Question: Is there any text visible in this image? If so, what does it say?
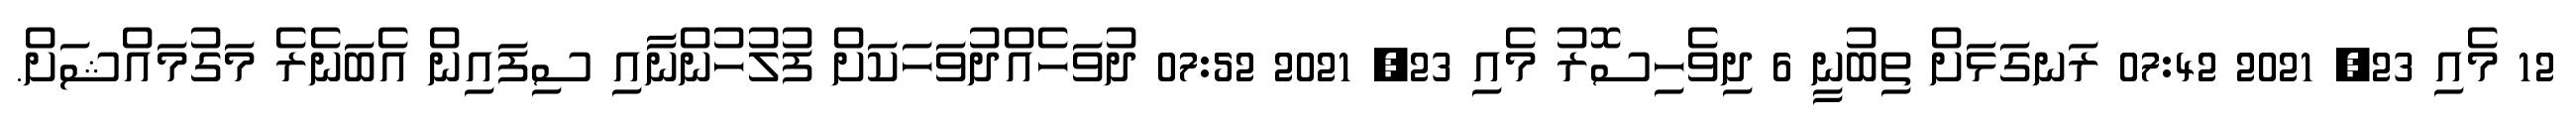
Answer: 12 މެއި 23, 2021 07:42 ރަނގަޅަށް ތިބުނީ 6 ދިވެހިސޮރު މެއި 23, 2021 07:52 ދުވަހެއްދުވަހަކަށް ފުލުހުންނާއި ސިފައިން އެބަނެރެ މަގުމައްޝަށް.